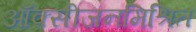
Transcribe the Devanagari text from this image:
ऑक्सीजनमिश्रित